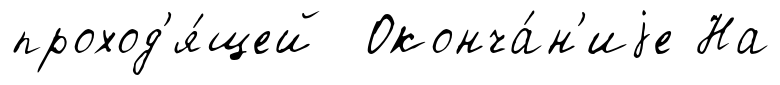
проход'я́щей Оконча́н'иjе На